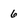
Character: 6